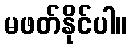
မဖတ်နိုင်ပါ။